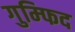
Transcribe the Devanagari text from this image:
गुम्फिद